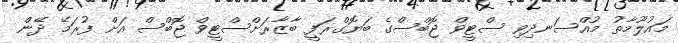
މައުލޫމާތު މުއްސަނދިވި ސްޓީވް ޖޮބްސްގެ ބަޔޮގްރަފީ ބާޒާރަށްސްޓީވް ޖޮބްސް އަށް ފުރަމޭ ދޭން